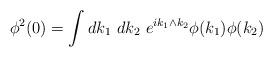
LaTeX: \begin{align*}\phi^2(0)= \int d k_1\ dk_2\ e^{i k_1\wedge k_2} \phi(k_1)\phi(k_2)\end{align*}